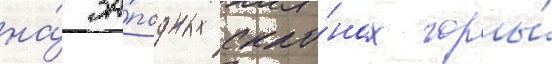
на́ за́падных скло́нах горы́